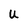
Character: U